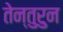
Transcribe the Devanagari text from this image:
तेन्तुरुन